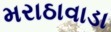
મરાઠાવાડા